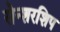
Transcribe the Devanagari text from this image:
सेन्शरशिप